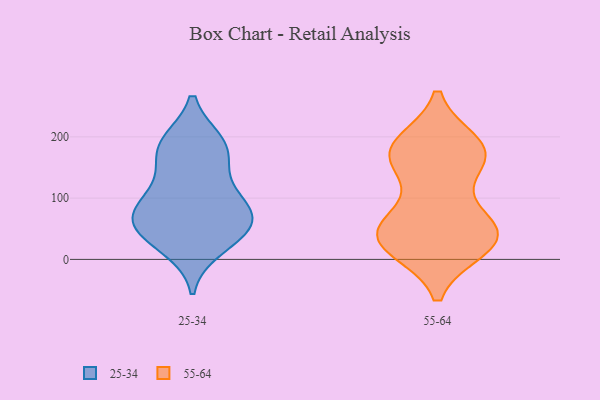
{"axis": {"x": "Inventory Turnover", "y": "Value"}, "legend": ["25-34", "55-64"], "data": [{"x": "", "y": 158, "type": "25-34"}, {"x": "", "y": 74, "type": "25-34"}, {"x": "", "y": 56, "type": "25-34"}, {"x": "", "y": 67, "type": "25-34"}, {"x": "", "y": 95, "type": "25-34"}, {"x": "", "y": 184, "type": "25-34"}, {"x": "", "y": 187, "type": "25-34"}, {"x": "", "y": 81, "type": "25-34"}, {"x": "", "y": 20, "type": "25-34"}, {"x": "", "y": 190, "type": "25-34"}, {"x": "", "y": 117, "type": "25-34"}, {"x": "", "y": 36, "type": "25-34"}, {"x": "", "y": 49, "type": "25-34"}, {"x": "", "y": 172, "type": "55-64"}, {"x": "", "y": 187, "type": "55-64"}, {"x": "", "y": 30, "type": "55-64"}, {"x": "", "y": 54, "type": "55-64"}, {"x": "", "y": 74, "type": "55-64"}, {"x": "", "y": 30, "type": "55-64"}, {"x": "", "y": 180, "type": "55-64"}, {"x": "", "y": 161, "type": "55-64"}, {"x": "", "y": 38, "type": "55-64"}, {"x": "", "y": 33, "type": "55-64"}, {"x": "", "y": 172, "type": "55-64"}, {"x": "", "y": 20, "type": "55-64"}, {"x": "", "y": 168, "type": "55-64"}, {"x": "", "y": 45, "type": "55-64"}]}